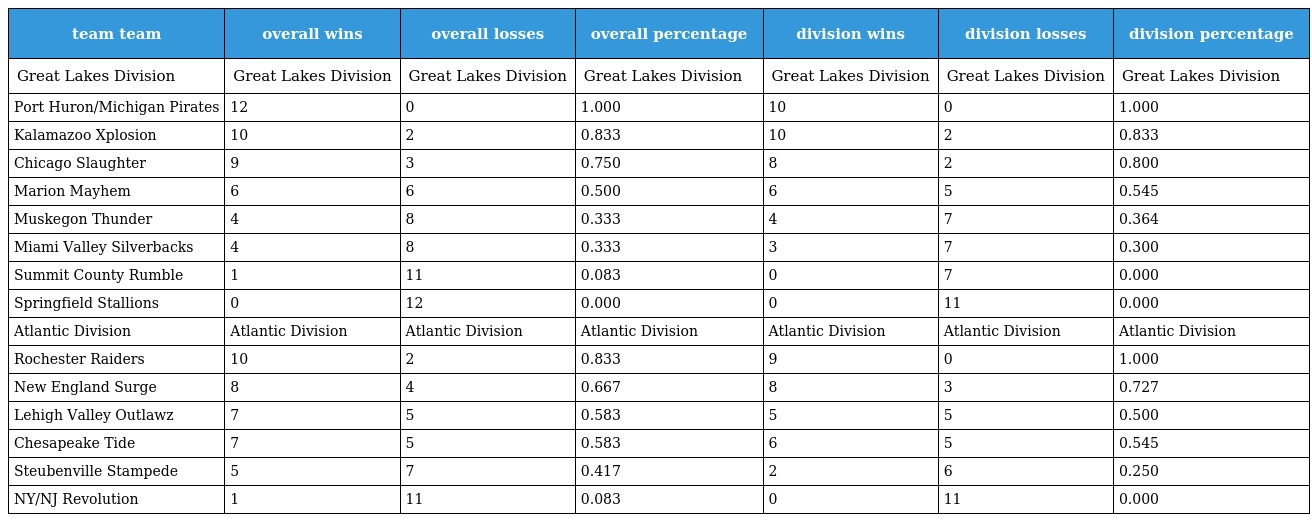
| team team | overall wins | overall losses | overall percentage | division wins | division losses | division percentage |
 | --- | --- | --- | --- | --- | --- | --- |
 | Great Lakes Division | Great Lakes Division | Great Lakes Division | Great Lakes Division | Great Lakes Division | Great Lakes Division | Great Lakes Division |
 | Port Huron/Michigan Pirates | 12 | 0 | 1.000 | 10 | 0 | 1.000 |
 | Kalamazoo Xplosion | 10 | 2 | 0.833 | 10 | 2 | 0.833 |
 | Chicago Slaughter | 9 | 3 | 0.750 | 8 | 2 | 0.800 |
 | Marion Mayhem | 6 | 6 | 0.500 | 6 | 5 | 0.545 |
 | Muskegon Thunder | 4 | 8 | 0.333 | 4 | 7 | 0.364 |
 | Miami Valley Silverbacks | 4 | 8 | 0.333 | 3 | 7 | 0.300 |
 | Summit County Rumble | 1 | 11 | 0.083 | 0 | 7 | 0.000 |
 | Springfield Stallions | 0 | 12 | 0.000 | 0 | 11 | 0.000 |
 | Atlantic Division | Atlantic Division | Atlantic Division | Atlantic Division | Atlantic Division | Atlantic Division | Atlantic Division |
 | Rochester Raiders | 10 | 2 | 0.833 | 9 | 0 | 1.000 |
 | New England Surge | 8 | 4 | 0.667 | 8 | 3 | 0.727 |
 | Lehigh Valley Outlawz | 7 | 5 | 0.583 | 5 | 5 | 0.500 |
 | Chesapeake Tide | 7 | 5 | 0.583 | 6 | 5 | 0.545 |
 | Steubenville Stampede | 5 | 7 | 0.417 | 2 | 6 | 0.250 |
 | NY/NJ Revolution | 1 | 11 | 0.083 | 0 | 11 | 0.000 |